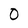
Character: O